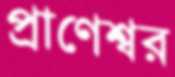
প্রাণেশ্বর